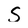
Character: S